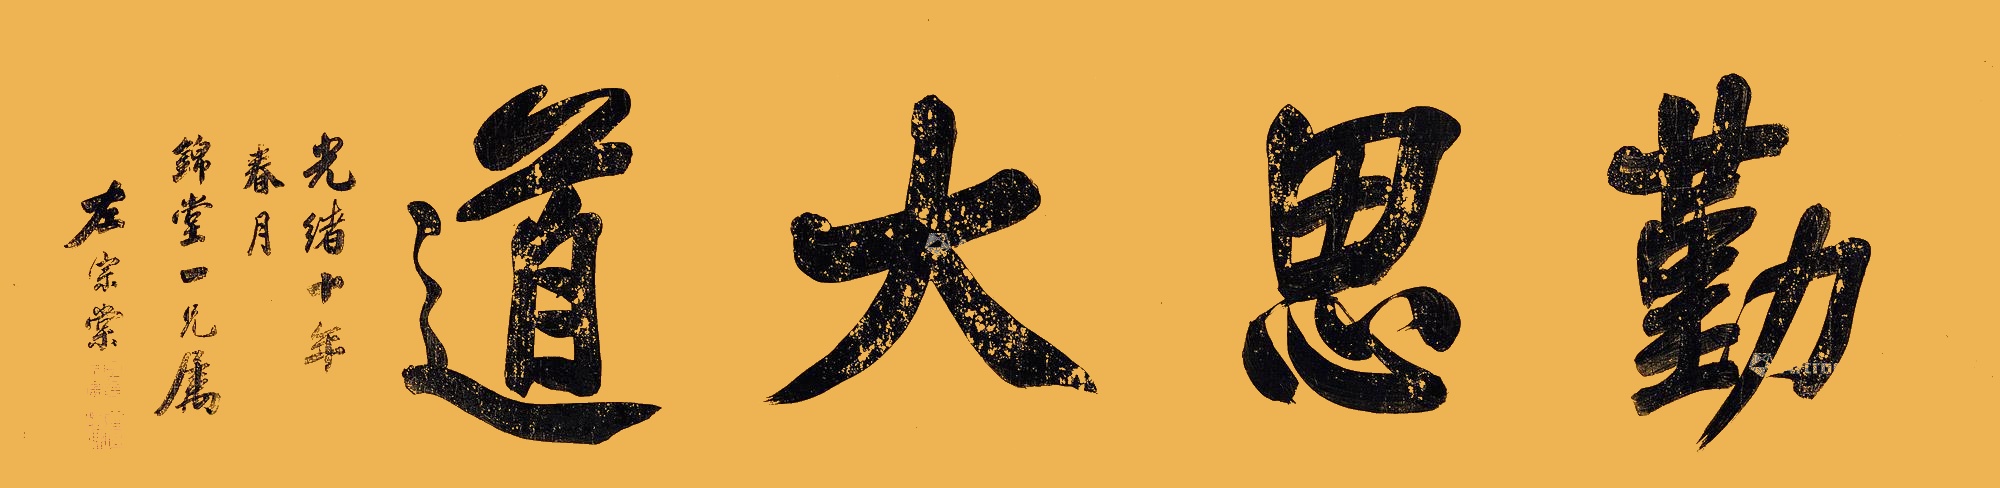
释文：勤思大道。光绪十年春月，锦堂一兄属。左宗棠。